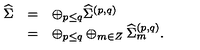
\begin{array} { l c l } { { \widehat \Sigma } } & { = } & { \oplus _ { p \leq q } { \widehat \Sigma } ^ { ( p , q ) } } \\ { } & { = } & { \oplus _ { p \leq q } \oplus _ { m \in Z } { \widehat \Sigma } _ { m } ^ { ( p , q ) } . } \\ \end{array}